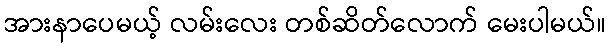
အားနာပေမယ့် လမ်းလေး တစ်ဆိတ်လောက် မေးပါမယ်။